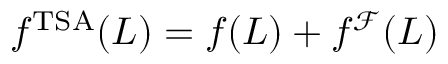
\begin{array} { r } { f ^ { \mathrm { T S A } } ( L ) = f ( L ) + f ^ { \mathcal { F } } ( L ) } \end{array}